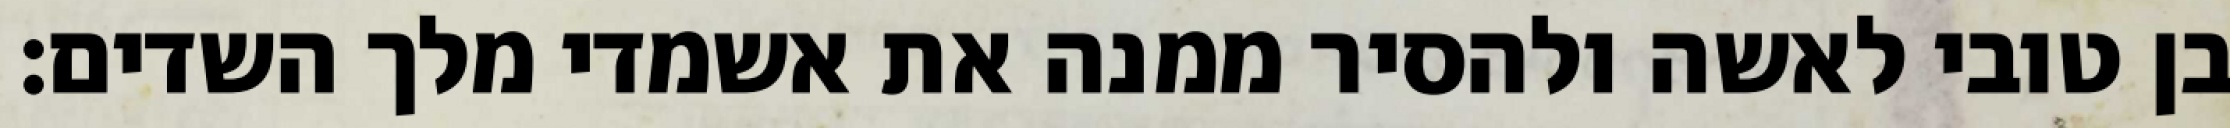
בן טובי לאשה ולהסיר ממנה את אשמדי מלך השדים: